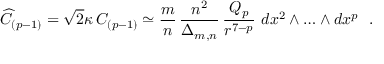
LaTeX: { \widehat C } _ { ( p - 1 ) } = \sqrt { 2 } \kappa \, C _ { ( p - 1 ) } \simeq \frac { m } { n } \, \frac { n ^ { 2 } } { \Delta _ { m , n } } \, \frac { Q _ { p } } { r ^ { 7 - p } } ~ d x ^ { 2 } \wedge \ldots \wedge d x ^ { p } ~ ~ .